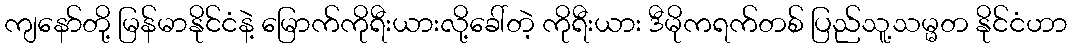
ကျနော်တို့ မြန်မာနိုင်ငံနဲ့ မြောက်ကိုရီးယားလို့ခေါ်တဲ့ ကိုရီးယား ဒီမိုကရက်တစ် ပြည်သူ့သမ္မတ နိုင်ငံဟာ